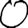
Digit: 0